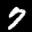
Digit: 7